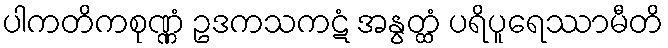
ပါကတိကစုဏ္ဏံ ဥဒကသကဋံ အနွတ္ထံ ပရိပူရေဿာမီတိ